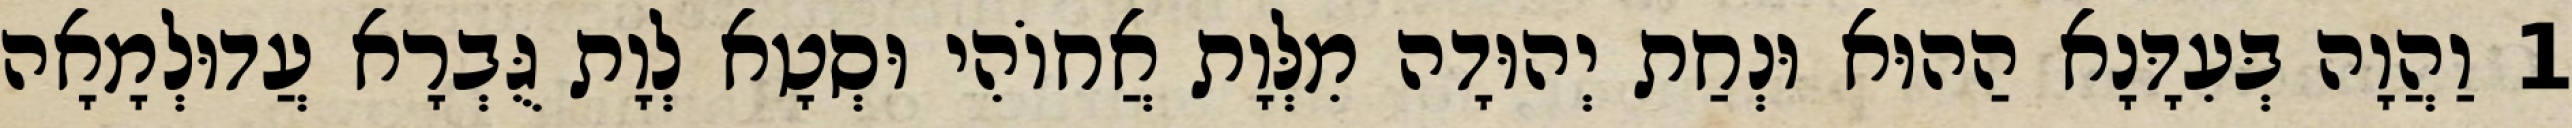
1 וַהֲוָה בְּעִדָּנָא הַהוּא וּנְחַת יְהוּדָה מִלְּוָת אֲחוֹהִי וּסְטָא לְוָת גֻּבְרָא עֲדוּלְמָאָה